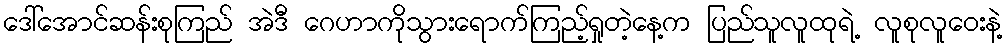
ဒေါ်အောင်ဆန်းစုကြည် အဲဒီ ဂေဟာကိုသွားရောက်ကြည့်ရှုတဲ့နေ့က ပြည်သူလူထုရဲ့ လူစုလူဝေးနဲ့